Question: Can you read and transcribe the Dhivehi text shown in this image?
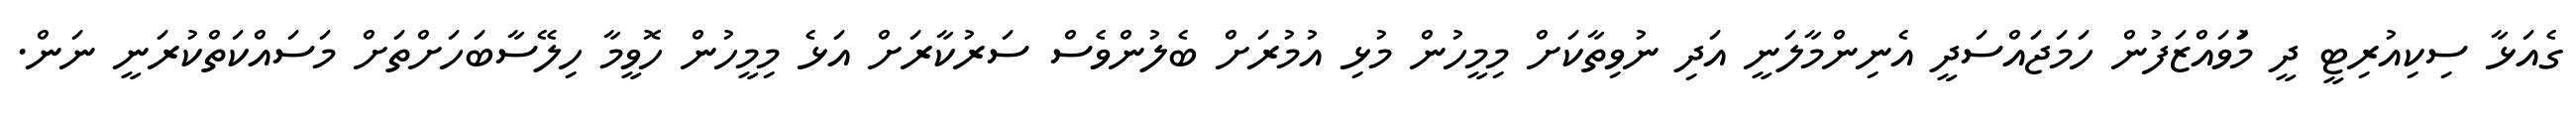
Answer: ގެއަޅާ ސިކިއުރިޓީ ދީ މަުވައްޒަފުން ހަމަޖައްސަދީ އެނިންމާލަނީ އަދި ނުވިތާކަށް މިމީހުން މުޅި އުމުރަށް ބެލުންވެސް ސަރުކާރަށް އަޅެ މިމީހުން ހޮވީމާ ހިލޭސާބަހަށްތަށް މަސައްކަތްކުރަނީ ނަން.